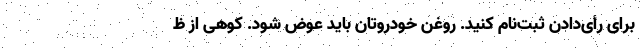
برای رأی‌دادن ثبت‌نام کنید. روغن خودروتان باید عوض شود. کوهی از ظ